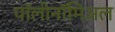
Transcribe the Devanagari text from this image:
पॉलीनॉमिअल